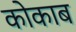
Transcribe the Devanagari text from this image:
कोकाब